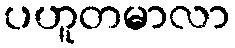
ပဟူတမာလာ